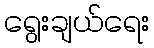
ရွေးချယ်ရေး